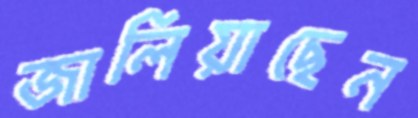
জালিয়াছেন